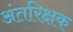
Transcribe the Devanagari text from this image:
अंतरिक्षक